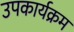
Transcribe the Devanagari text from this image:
उपकार्यक्रम